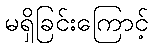
မရှိခြင်းကြောင့်